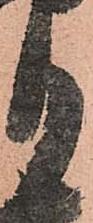
月